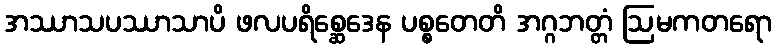
အဿာသပဿာသာပိ ဖလပရိစ္ဆေဒေန ပစ္စတေတိ အဂ္ဂဘတ္တံ ဩမကတရော